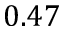
0 . 4 7